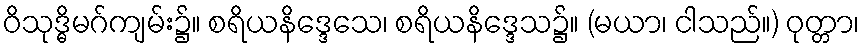
ဝိသုဒ္ဓိမဂ်ကျမ်း၌။ စရိယနိဒ္ဒေသေ၊ စရိယနိဒ္ဒေသ၌။ (မယာ၊ ငါသည်။) ဝုတ္တာ၊